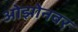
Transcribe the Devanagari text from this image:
ओझोनवर